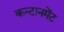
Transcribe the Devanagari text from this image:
कन्टानमेंट